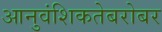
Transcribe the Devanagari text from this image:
आनुवंशिकतेबरोबर